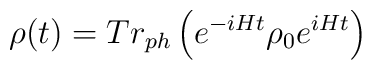
\rho(t) = Tr_{ph} \left( e^{-iHt} \rho_0 e^{iHt} \right)